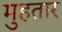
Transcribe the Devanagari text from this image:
मुहतार